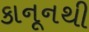
કાનૂનથી